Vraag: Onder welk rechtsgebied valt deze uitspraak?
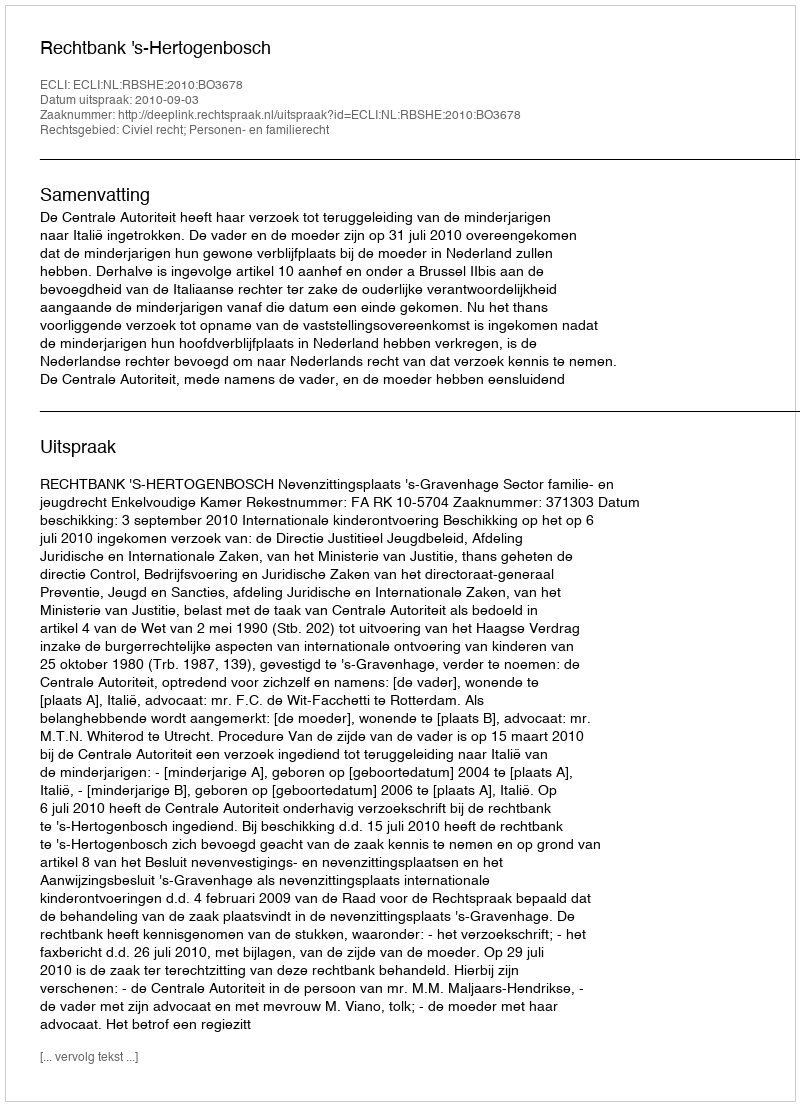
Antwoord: Civiel recht; Personen- en familierecht